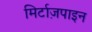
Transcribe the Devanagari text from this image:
मिर्टाज़पाइन